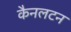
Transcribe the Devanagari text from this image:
कैनलटन